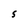
Character: S